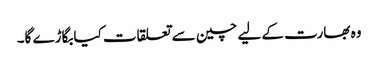
وہ بھارت کے لیے چین سے تعلقات کیابگاڑے گا۔